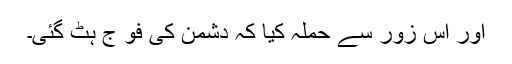
اور اس زور سے حملہ کیا کہ دشمن کی فو ج ہٹ گئی۔